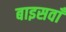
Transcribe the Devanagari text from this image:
बाइसवाँ